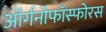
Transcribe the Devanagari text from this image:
ऑर्गनोफॉस्फोरस